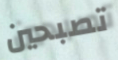
تصبحين